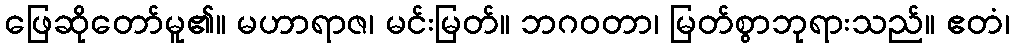
ဖြေဆိုတော်မူ၏။ မဟာရာဇ၊ မင်းမြတ်။ ဘဂဝတာ၊ မြတ်စွာဘုရားသည်။ ဧတံ၊